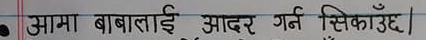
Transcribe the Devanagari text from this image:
आमा बाबलाई आदर गर्न सिकाउँछ।